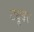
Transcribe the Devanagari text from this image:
ट्यूबर